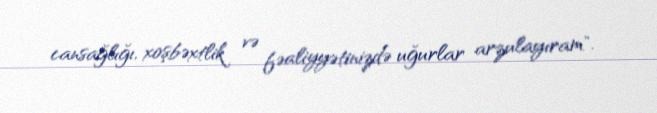
cansağlığı, xoşbəxtlik və fəaliyyətinizdə uğurlar arzulayıram".